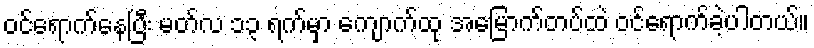
ဝင်ရောက်နေပြီး မတ်လ ၁၃ ရက်မှာ ကျောက်ထု အမြောက်တပ်ထဲ ဝင်ရောက်ခဲ့ပါတယ်။